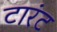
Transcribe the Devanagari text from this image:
टारंट